Source: Handwritten
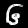
Digit: ၆ (6)